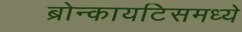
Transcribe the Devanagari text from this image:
ब्रोन्कायटिसमध्ये